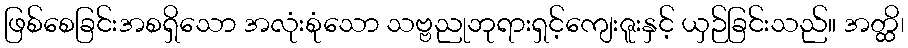
ဖြစ်စေခြင်းအစရှိသော အလုံးစုံသော သဗ္ဗညုဘုရားရှင့်ကျေးဇူးနှင့် ယှဉ်ခြင်းသည်။ အတ္ထိ၊